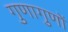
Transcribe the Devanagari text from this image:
गुणागुणों